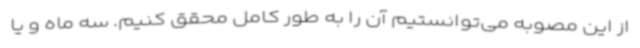
از این مصوبه می‌توانستیم آن را به طور کامل محقق کنیم. سه ماه و یا